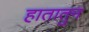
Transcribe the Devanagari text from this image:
हातातुन